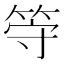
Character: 𬕀